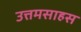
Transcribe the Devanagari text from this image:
उत्तमसाहस